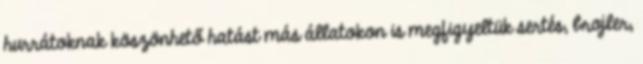
hurrátoknak köszönhető hatást más állatokon is megfigyeltük sertés, brojler,